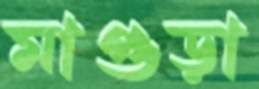
মাগুড়া